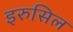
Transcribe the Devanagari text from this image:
इरुसिल